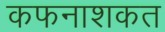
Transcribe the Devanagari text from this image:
कफनाशकत